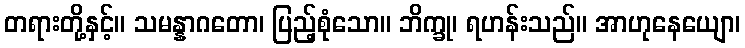
တရားတို့နှင့်။ သမန္နာဂတော၊ ပြည့်စုံသော။ ဘိက္ခု၊ ရဟန်းသည်။ အာဟုနေယျော၊